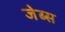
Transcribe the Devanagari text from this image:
जेब्स